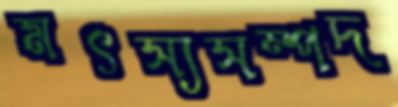
মৎস্যসম্পদ